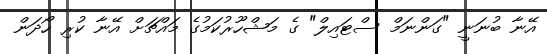
އޭނާ ބުނަނީ "ގަންނަމް ސްޓައިލް" ގެ މަޝްހޫރުކަމުގެ މައްޗަށް އޭނާ ކުރި ހޯދަން